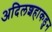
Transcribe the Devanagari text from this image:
अदिलशहाकडुन